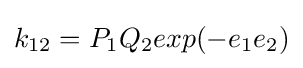
k_{12}=P_{1}Q_{2}exp(-e_{1}e_{2})